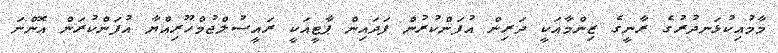
މާމުއިކުޅަނދުރުގެ ރާނީގެ ޒިންމާއަކީ ދަރިން އުފަންކުރުން ފަދައިން ޕާޓީއަކީ ރައީސުލްޖުމްހޫރިއްޔާ އުފަންކުރަން އޮންނަ